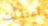
اعتقلت